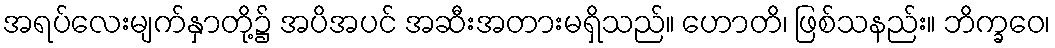
အရပ်လေးမျက်နှာတို့၌ အပိအပင် အဆီးအတားမရှိသည်။ ဟောတိ၊ ဖြစ်သနည်း။ ဘိက္ခဝေ၊